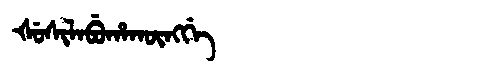
Manchu: ᡧᡠᠰᡳᠯᠠᠪᡠᡥᠠᡴᡡᠩᡤᡝ
Romanization: ŠUSILABUHAKŪNGGE